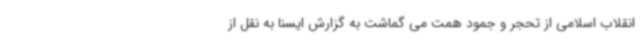
انقلاب اسلامی از تحجر و جمود همت می گماشت به گزارش ایسنا به نقل از